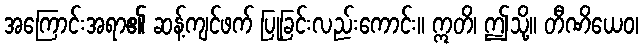
အကြောင်းအရာ၏ ဆန့်ကျင်ဖက် ပြုခြင်းလည်းကောင်း။ ဣတိ၊ ဤသို့။ တီဏိယေဝ၊